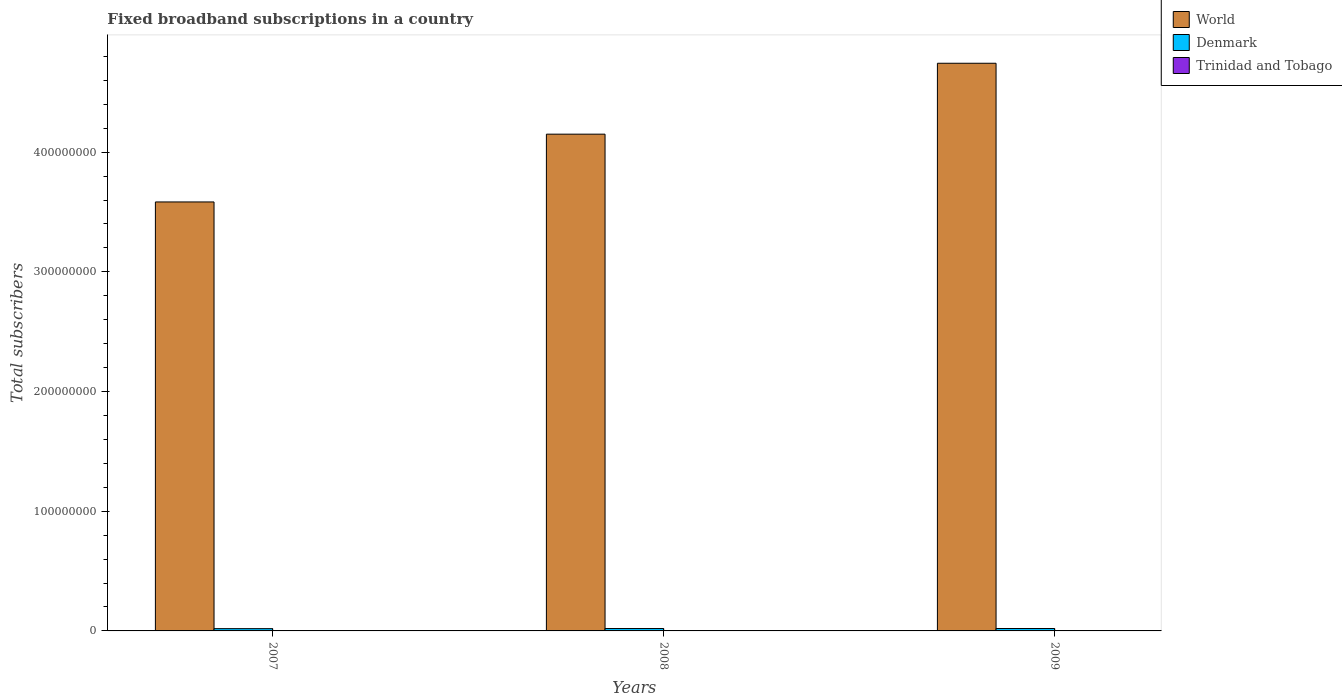
| Years | World | Denmark | Trinidad and Tobago |
 | --- | --- | --- | --- |
 | 2007 | 3.58e+08 | 1.9e+06 | 3.55e+04 |
 | 2008 | 4.15e+08 | 2.01e+06 | 8.54e+04 |
 | 2009 | 4.74e+08 | 2.02e+06 | 1.3e+05 |